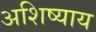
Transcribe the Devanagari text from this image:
अशिष्याय